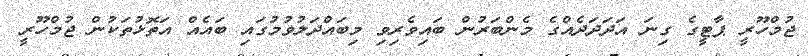
ޖުމްހޫރީ ޕާޓީގެ ގިނަ އަދަދަދެއްގެ މެންބަރުން ބައިވެރިވި މިބައްދަލުވުމުގައި ބައެއް އަތޮޅުތަކުން ޖުމްހޫރީ